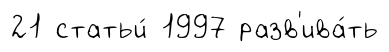
21 статьи́ 1997 разв'ива́ть